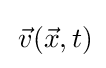
\,{\vec {v}}({\vec {x}},t)